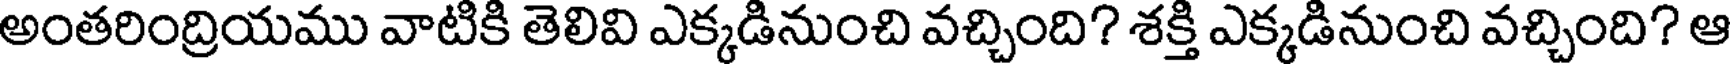
అంతరింద్రియము వాటికి తెలివి ఎక్కడినుంచి వచ్చింది? శక్తి ఎక్కడినుంచి వచ్చింది? ఆ